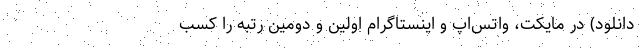
دانلود) در مایکت، واتس‌اپ و اینستاگرام اولین و دومین رتبه را کسب